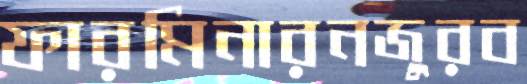
ফারমিনারনজুরব